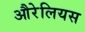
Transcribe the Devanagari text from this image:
औरेलियस